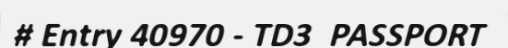
# Entry 40970 - TD3_PASSPORT